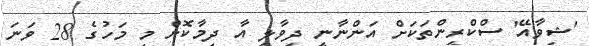
'ޝިވާއޭ' ސްކްރީންތަކަށް އަންނާނީ ދިވާލީ އާ ދިމާކޮށް މި މަހުގެ 28 ވަނަ